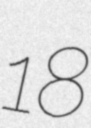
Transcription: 18